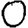
Digit: 0